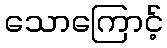
သောကြောင့်